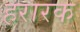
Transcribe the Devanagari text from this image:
हरारक